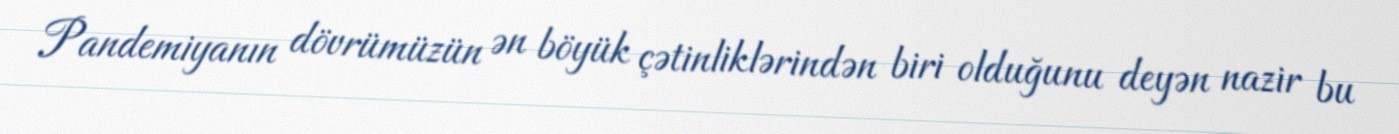
Pandemiyanın dövrümüzün ən böyük çətinliklərindən biri olduğunu deyən nazir bu